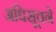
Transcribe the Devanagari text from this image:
अधिसूचने